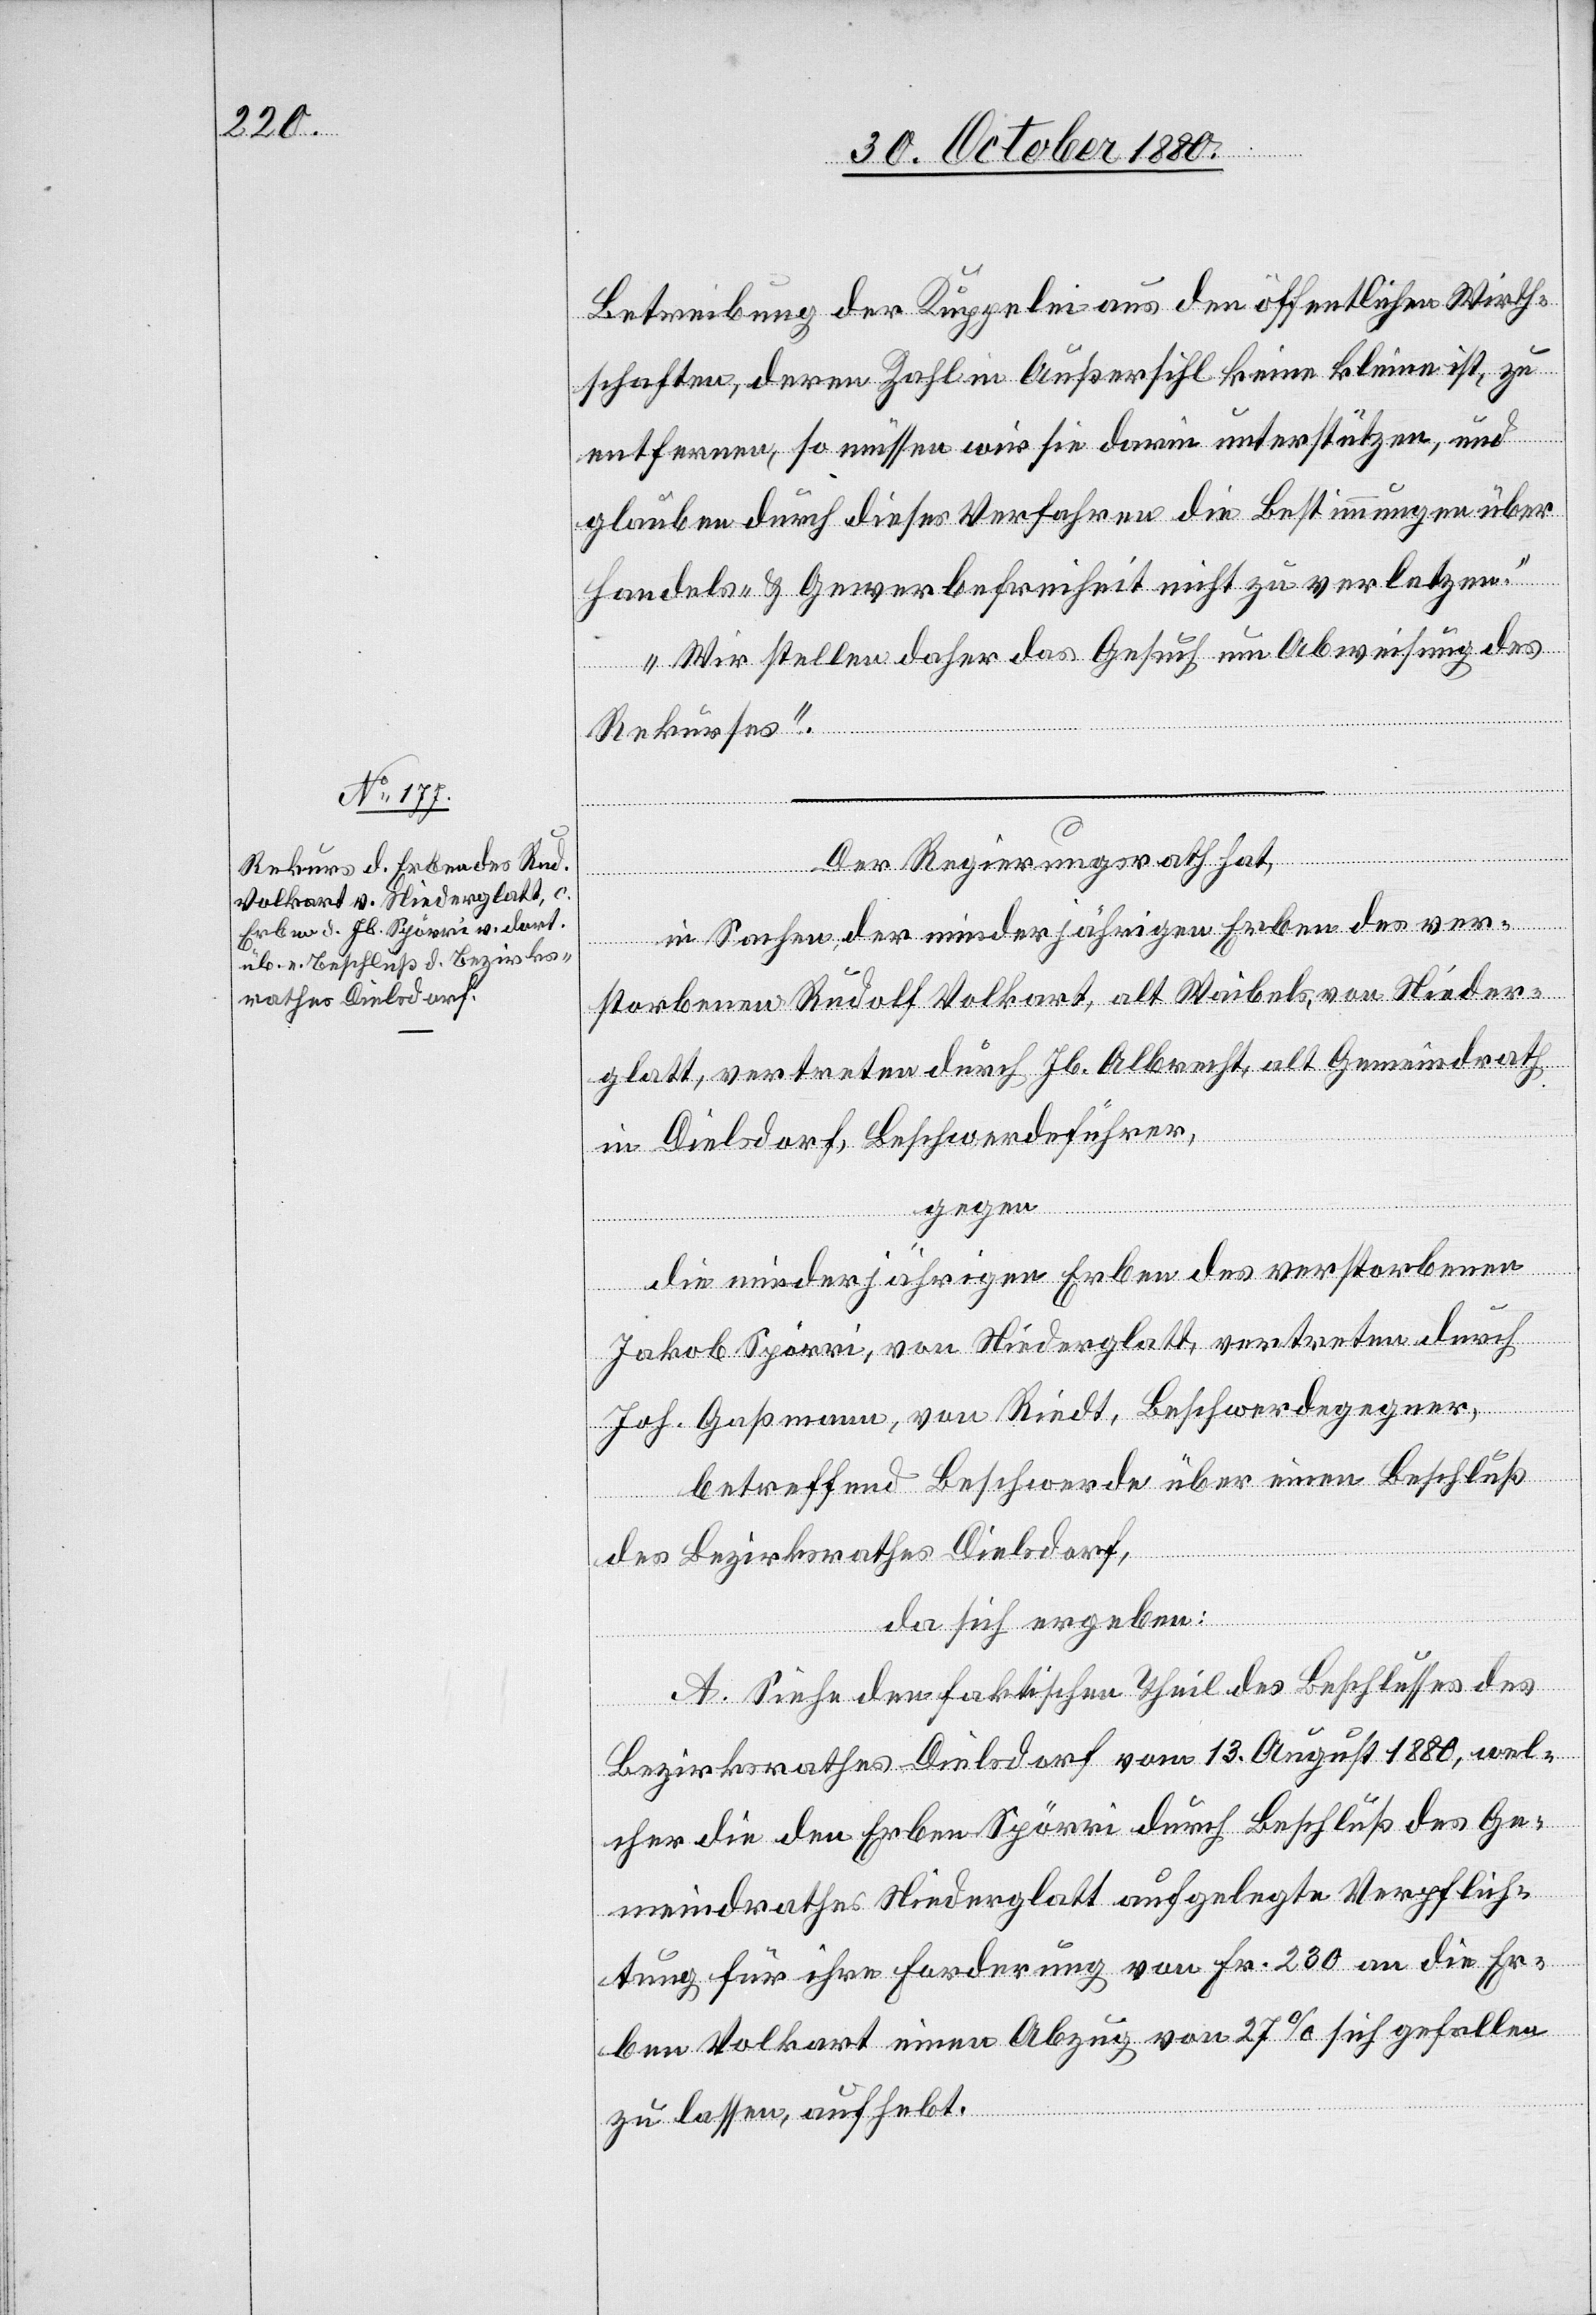
Betreibung der Kuppelei aus den öffentlichen Wirth¬
schaften, deren Zahl in Außersihl keine kleine ist, zu
entfernen, so müssen wir sie darin unterstützen, und
glauben durch dieses Verfahren die Bestimmungen über
Handels- & Gewerbefreiheit nicht zu verletzen.
Wir stellen daher das Gesuch um Abweisung des
Rekurses.“
Der Regierungsrath hat,
in Sachen der minderjährigen Erben des ver¬
storbenen Rudolf Volkart, alt Waibels, von Nieder¬
glatt, vertreten durch Jb. Albrecht, alt Gemeindrath
in Dielsdorf, Beschwerdeführer,
gegen
die minderjährigen Erben des verstorbenen
Jakob Spörri, von Niederglatt, vertreten durch
Joh. Gaßmann, von Riedt, Beschwerdegegner,
betreffend Beschwerde über einen Beschluß
des Bezirksrathes Dielsdorf,
da sich ergeben:
A. Siehe den faktischen Theil des Beschlusses des
Bezirksrathes Dielsdorf vom 13. August 1880, wel¬
cher die den Erben Spörri durch Beschluß des Ge¬
meindrathes Niederglatt aufgelegte Verpflich¬
tung für ihre Forderung von Fr. 230 an die Er¬
ben Volkart einen Abzug von 27% sich gefallen
zu lassen, aufhebt.